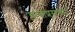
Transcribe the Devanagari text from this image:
कथाप्रसंगम्